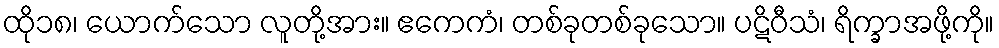
ထို၁၈၊ ယောက်သော လူတို့အား။ ဧကေကံ၊ တစ်ခုတစ်ခုသော။ ပဋိဝီသံ၊ ရိက္ခာအဖို့ကို။